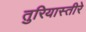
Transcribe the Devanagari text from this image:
तुरियास्तीरे